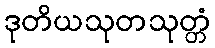
ဒုတိယသုတသုတ္တံ